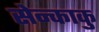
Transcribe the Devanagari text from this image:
सेन्काकु